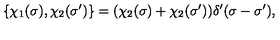
\{ \chi _ { 1 } ( \sigma ) , \chi _ { 2 } ( \sigma ^ { \prime } ) \} = ( \chi _ { 2 } ( \sigma ) + \chi _ { 2 } ( \sigma ^ { \prime } ) ) \delta ^ { \prime } ( \sigma - \sigma ^ { \prime } ) ,